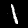
Label: 1